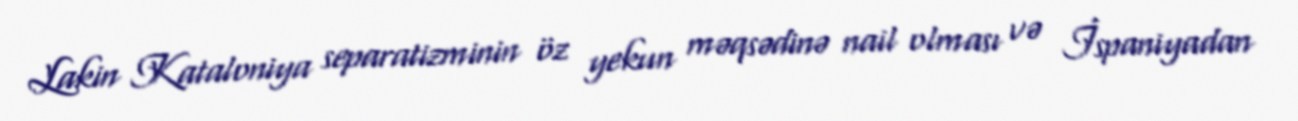
Lakin Kataloniya separatizminin öz yekun məqsədinə nail olması və İspaniyadan